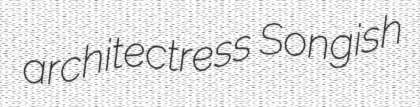
architectress Songish